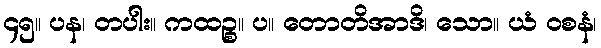
၄၅။ ပန၊ တပါး။ ကထဉ္စ။ ပ။ တောတိအာဒိ၊ သော။ ယံ ဝစနံ၊